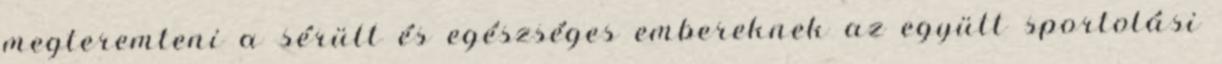
megteremteni a sérült és egészséges embereknek az együtt sportolási